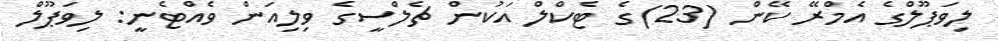
ލިވަޕޫލްގެ އެމްރޭ ކޭން (23)ގެ ޓެކްލް އަކުން ޗެލްސީގެ ވިލިއަން ވެއްޓެނީ: ލިވަޕޫލް